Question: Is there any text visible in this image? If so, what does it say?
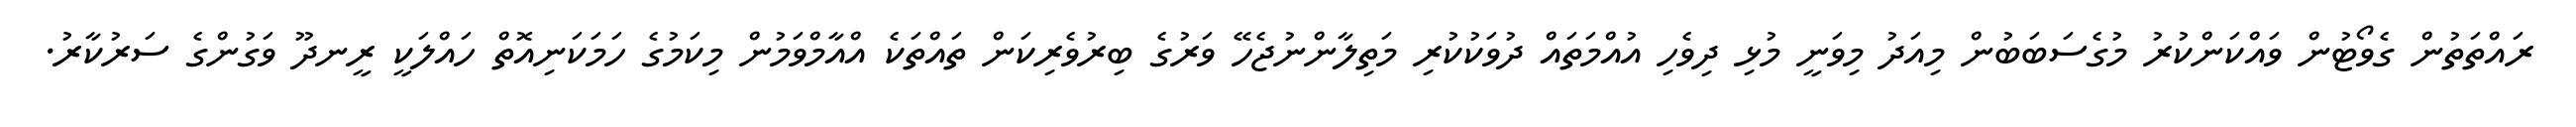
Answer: ރައްތަތުން ގެވޯޓުން ވައްކަންކުރު މުގެސަބަބުން މިއަދު މިވަނީ މުޅި ދިވެހި އުއްމަތައް ދުވަކުކުރި މަތިލާންނުޖެހޭ ވަރުގެ ބިރުވެރިކަން ތައްތަކެ އްއާމްވަމުން މިކަމުގެ ހަމަކަނިއޮތް ހައްލަކީ ރީނދޫ ވަގުންގެ ސަރުކާރު.